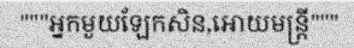
"""អ្នកមួយឡែកសិន,អោយមន្ត្រី"""